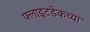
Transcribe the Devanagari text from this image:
फ्लाइटडेकच्या